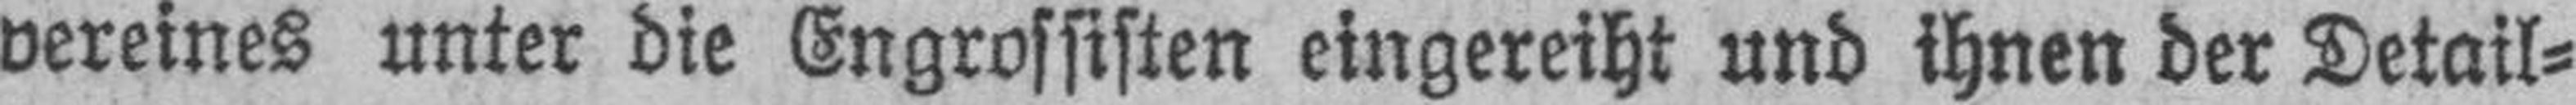
vereines unter die Engrossisten eingereiht und ihnen der Detail¬